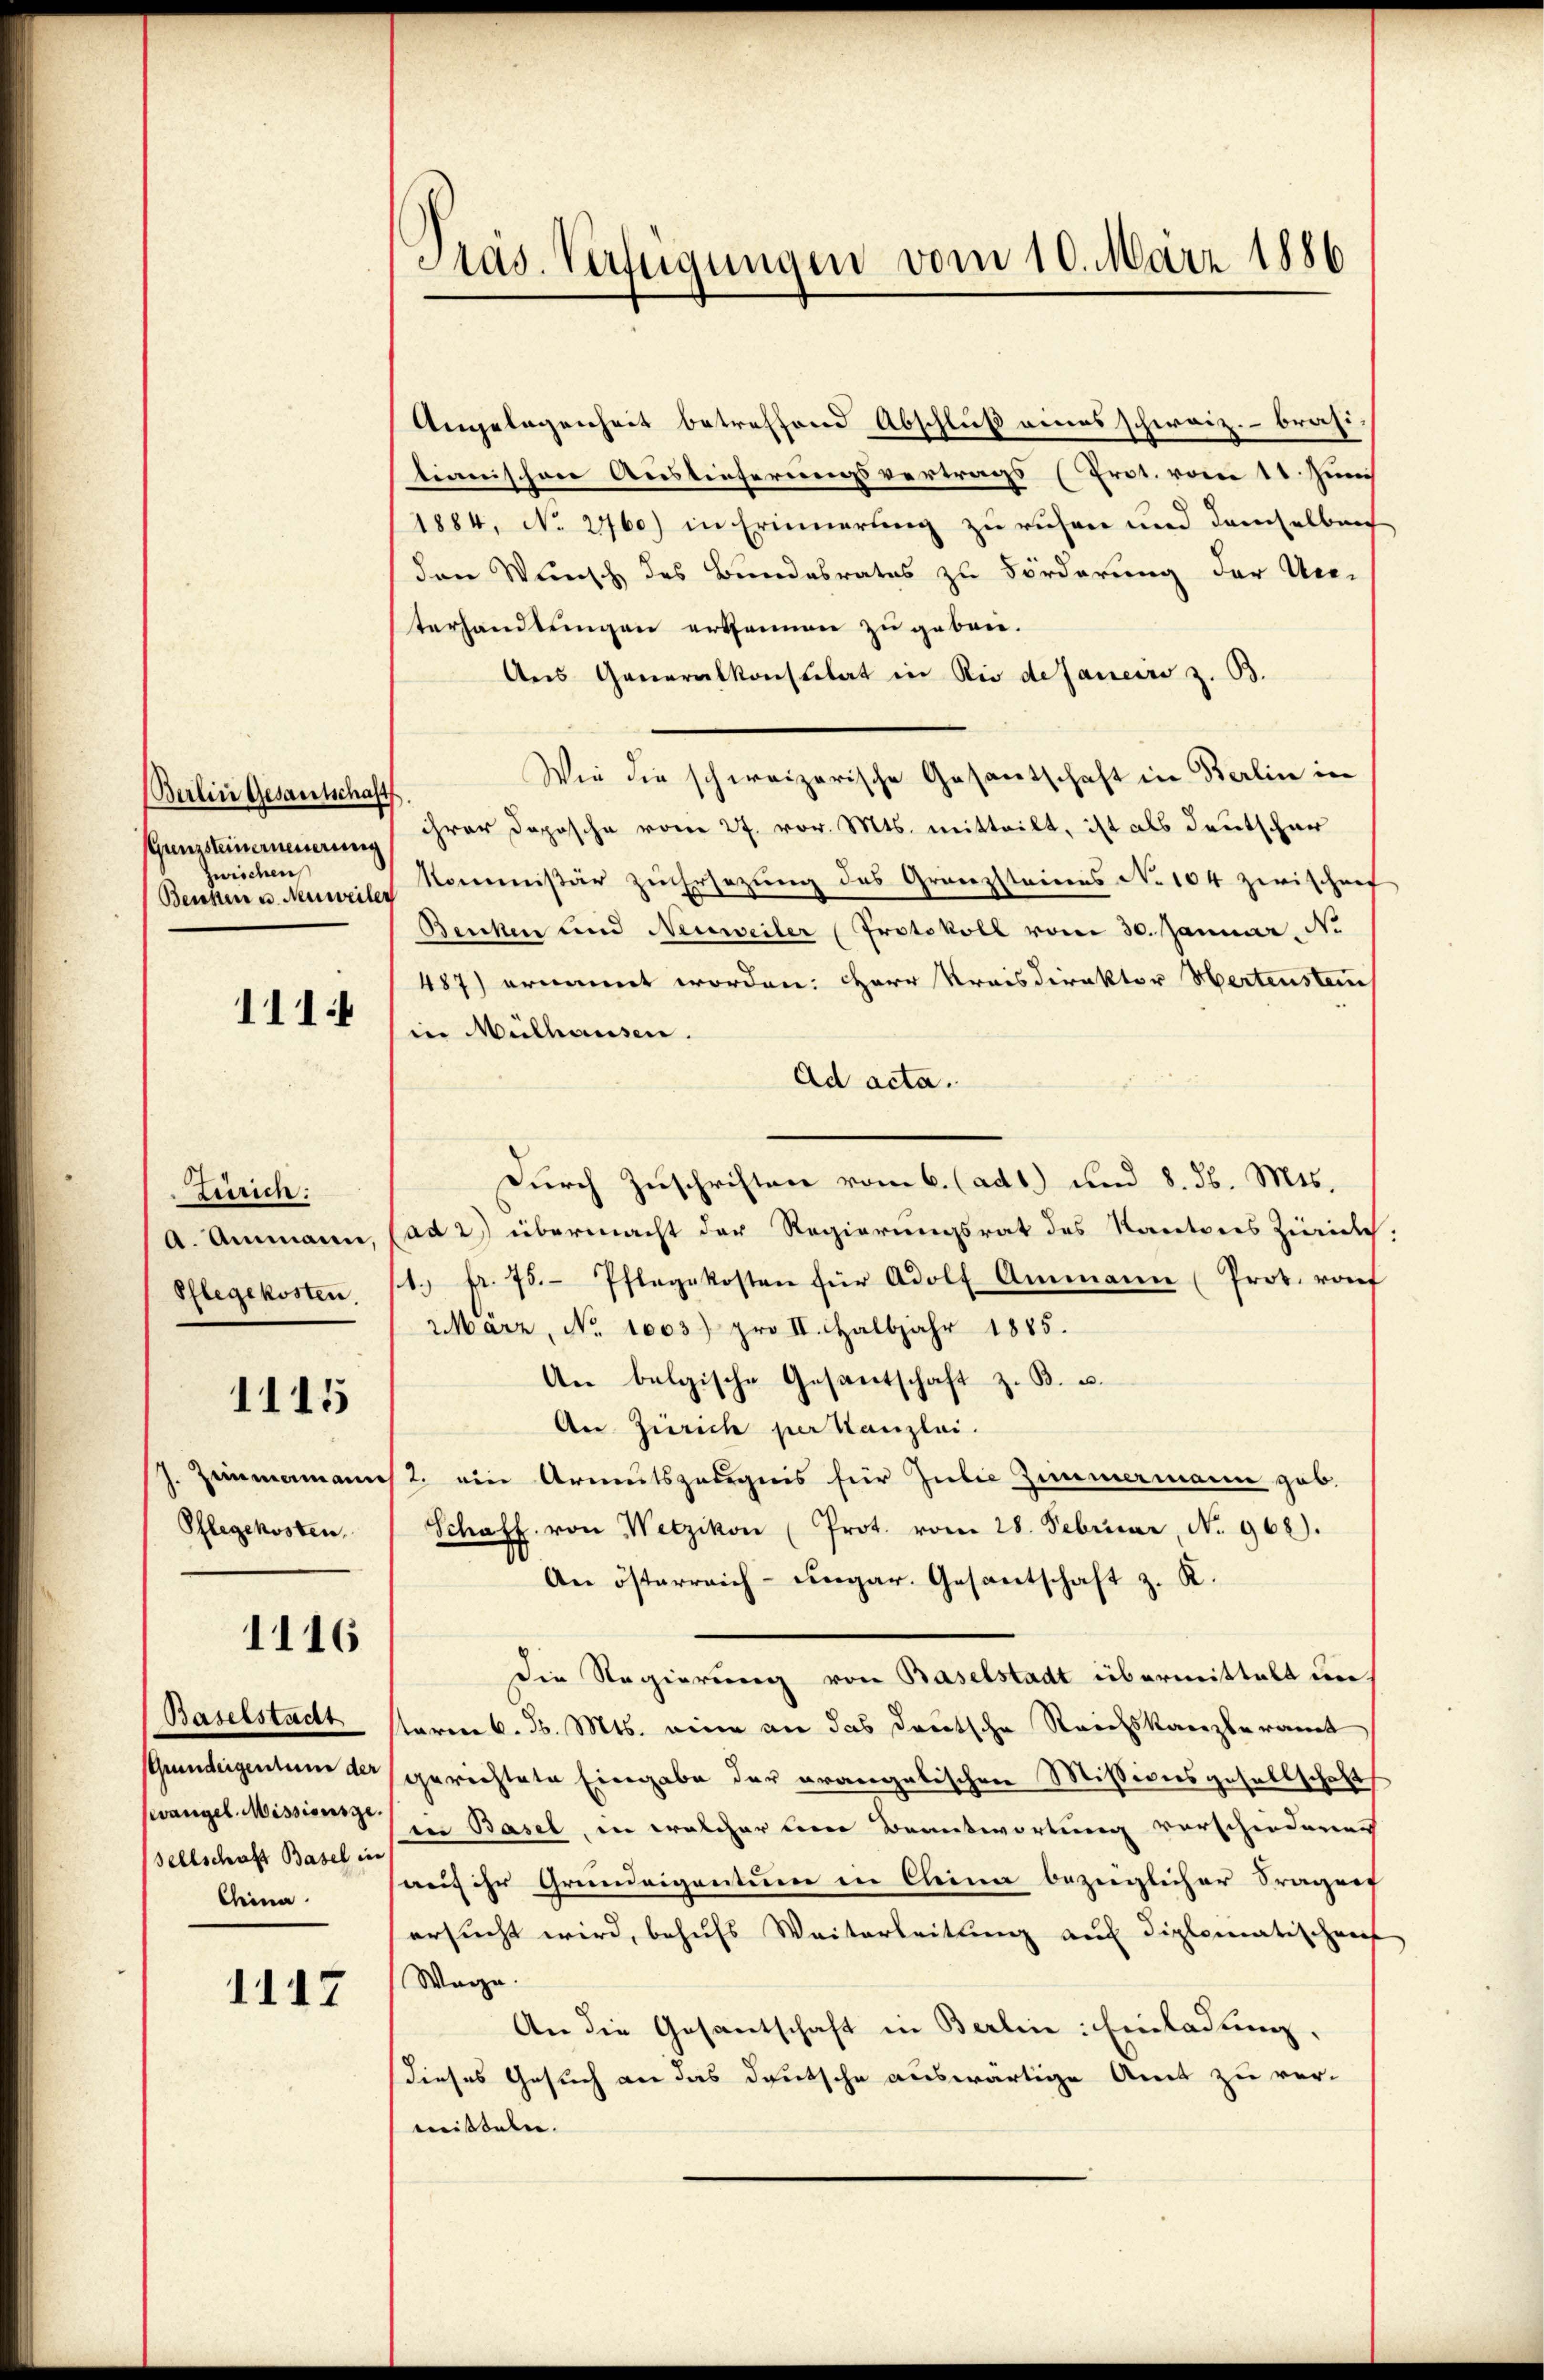
Berlin Gesamtschaft
Gunzsteinerneuerung
Zweichen
Benken u. Neuweiler

111

Zürich:
A. Ammanne,
Pflegekosten

1115

J. Zimmenann
Pflegekosten.

1116

Baselstadt
(Grundeigentum der
vangel. Missionsge
sellschaft Basel in
China

1117

Präs. Verfügungen vom 10. März 1886

Angelegenheit betreffend Abschluß eines schweiz.- brasi-
tianischen Auslieferungsvertrags (Prot. vom 11. Juni
1884, No 2760) in Erinnerung zu ruhen und demselben
den Wunsch des Bundesrates zu Förderung der Um-
terhandlungen erkennen zu gebrie¬
Aus Generalkonsulat in Rio de Janeiro z. B.
Wie die schweizerische Gesantschaft in Berlin in
ihrer Dopische vom 27. vor. Mts. mitteilt, ist als Deutschar
kommißär zu Ersezung des Granzsteines No 104 Zwischenf
Benken und Neuweiler Protokoll vom 30. Januar, N.
487) ernannt worden: Herr Kreisdirektor Hertenstan
sier Mülhausen.
ad acta.
Durch Zuschriften vom 6. (ad1) und 8. d. Mts.
ad 2) übermacht der Regierungsrat des Kantons Zivilch,
1. fr. 75. Pflegekosten für Adolf Ammann (Prot. rauf
Marz, No. 1003) pro II. Halbjahr 1885.
An belgische Gesantschaft z. B. u.
An Zürich per Kanzlei.
2. ein Armutszeugnis für Julie Zimmermann gab.
Schaff von Wetzikon (Prot. vom 28. Februar, N. 968).
An österreich-ungar. Gesantschaft z. K.
Die Regierung von Baselstadt übermittelt untaren 6. d. Mts. eine an das deutsche Reichskanzleramt
gerichtete Eingabe der prangalischen Missionsgesellschaft
in Basel, in welcher den Beantwortung vorschiedern
auf ihr Grundeigentum in Cleiner bezüglicher Fragen
ersucht wird, behufs Weitarbeitung auf diplomatischen
Mage
An die Gesantschaft in Berlin: Einladung,
dieses Gesuch an das deutsche auswärtige Amt zu ver-
mitteln.